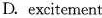
D.excitement